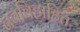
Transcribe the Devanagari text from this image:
नवविहाहित